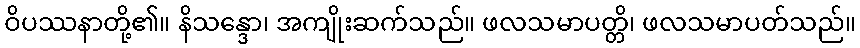
ဝိပဿနာတို့၏။ နိသန္ဒော၊ အကျိုးဆက်သည်။ ဖလသမာပတ္တိ၊ ဖလသမာပတ်သည်။